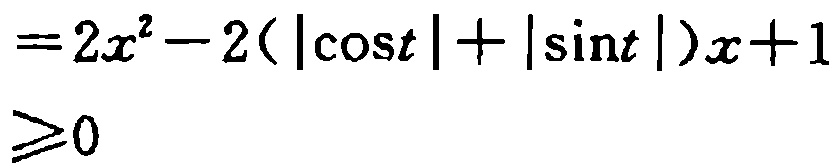
\[
\begin{align*}
&=2x^{2}-2(|\cos t| + |\sin t|)x + 1\\
&\geqslant0
\end{align*}
\]